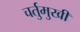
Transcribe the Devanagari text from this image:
चर्तुमुखी